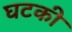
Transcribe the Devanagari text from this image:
घटकी